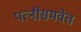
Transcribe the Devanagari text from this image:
पत्‍नीसमवेत